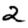
Digit: 2